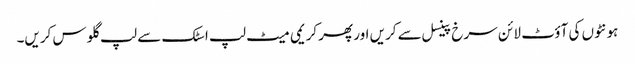
ہو نٹوں کی آؤٹ لا ئن سرخ پینسل سے کریں اور پھر کریمی میٹ لپ اسٹک سے لپ گلو س کریں۔